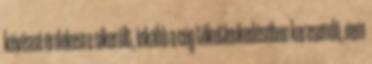
kevéssé érdekesre sikerült, inkább a cég töketlenkedésében keresendő, nem